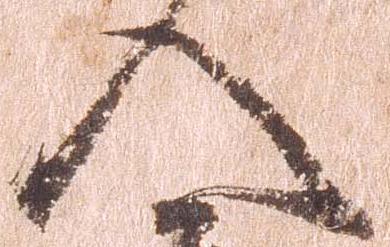
入